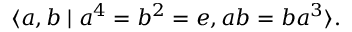
\langle a , b \mid a ^ { 4 } = b ^ { 2 } = e , a b = b a ^ { 3 } \rangle .